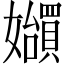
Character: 𪦲